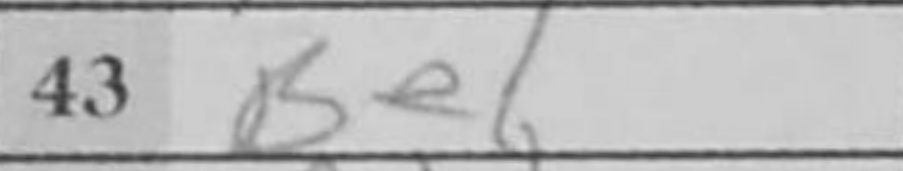
Transcription: Be1